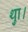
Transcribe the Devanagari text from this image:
थाु।